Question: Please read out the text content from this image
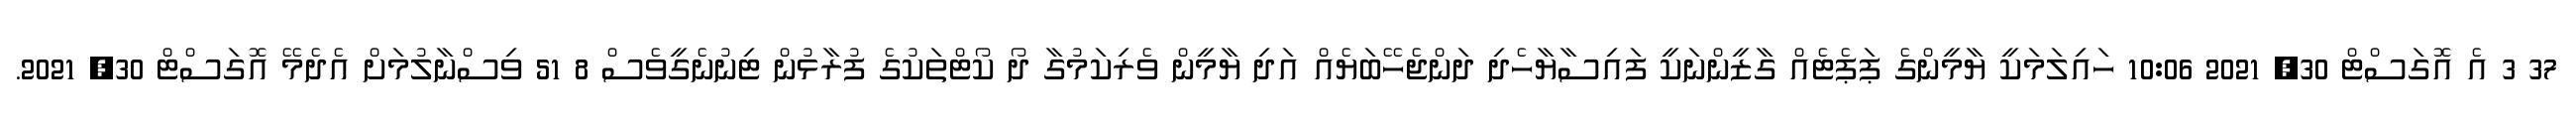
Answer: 37 3 އެ އޮގަސްޓް 30, 2021 10:06 ހައިލަމަކީ ޔާމީންގެ ޕަޕެޓެއް ގާޒީންނަކީ ފައިސާޔާހެދި ދަންޖެހޭބަޔެއް އަދި ޔާމީން ވެރިކަމުގާ ދޯ ކޯޓްތަކުގެ ފުރާޅުން ޓިނުނެގީވެސް 8 51 ވިސްނާލުމަށް އެދެމޭ އޮގަސްޓް 30, 2021.